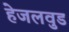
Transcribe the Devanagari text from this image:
हेजलवुड